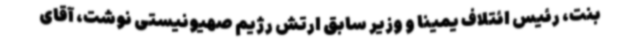
بنت، رئیس ائتلاف یمینا و وزیر سابق ارتش رژیم صهیونیستی نوشت، آقای